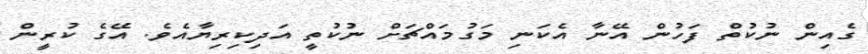
ގެއިން ނުކުތް ފަހުން އޭނާ އެކަނި މަގުމައްޗަށް ނުކުތީ އަދިކިރިޔާއެވެ. އޭގެ ކުރީން